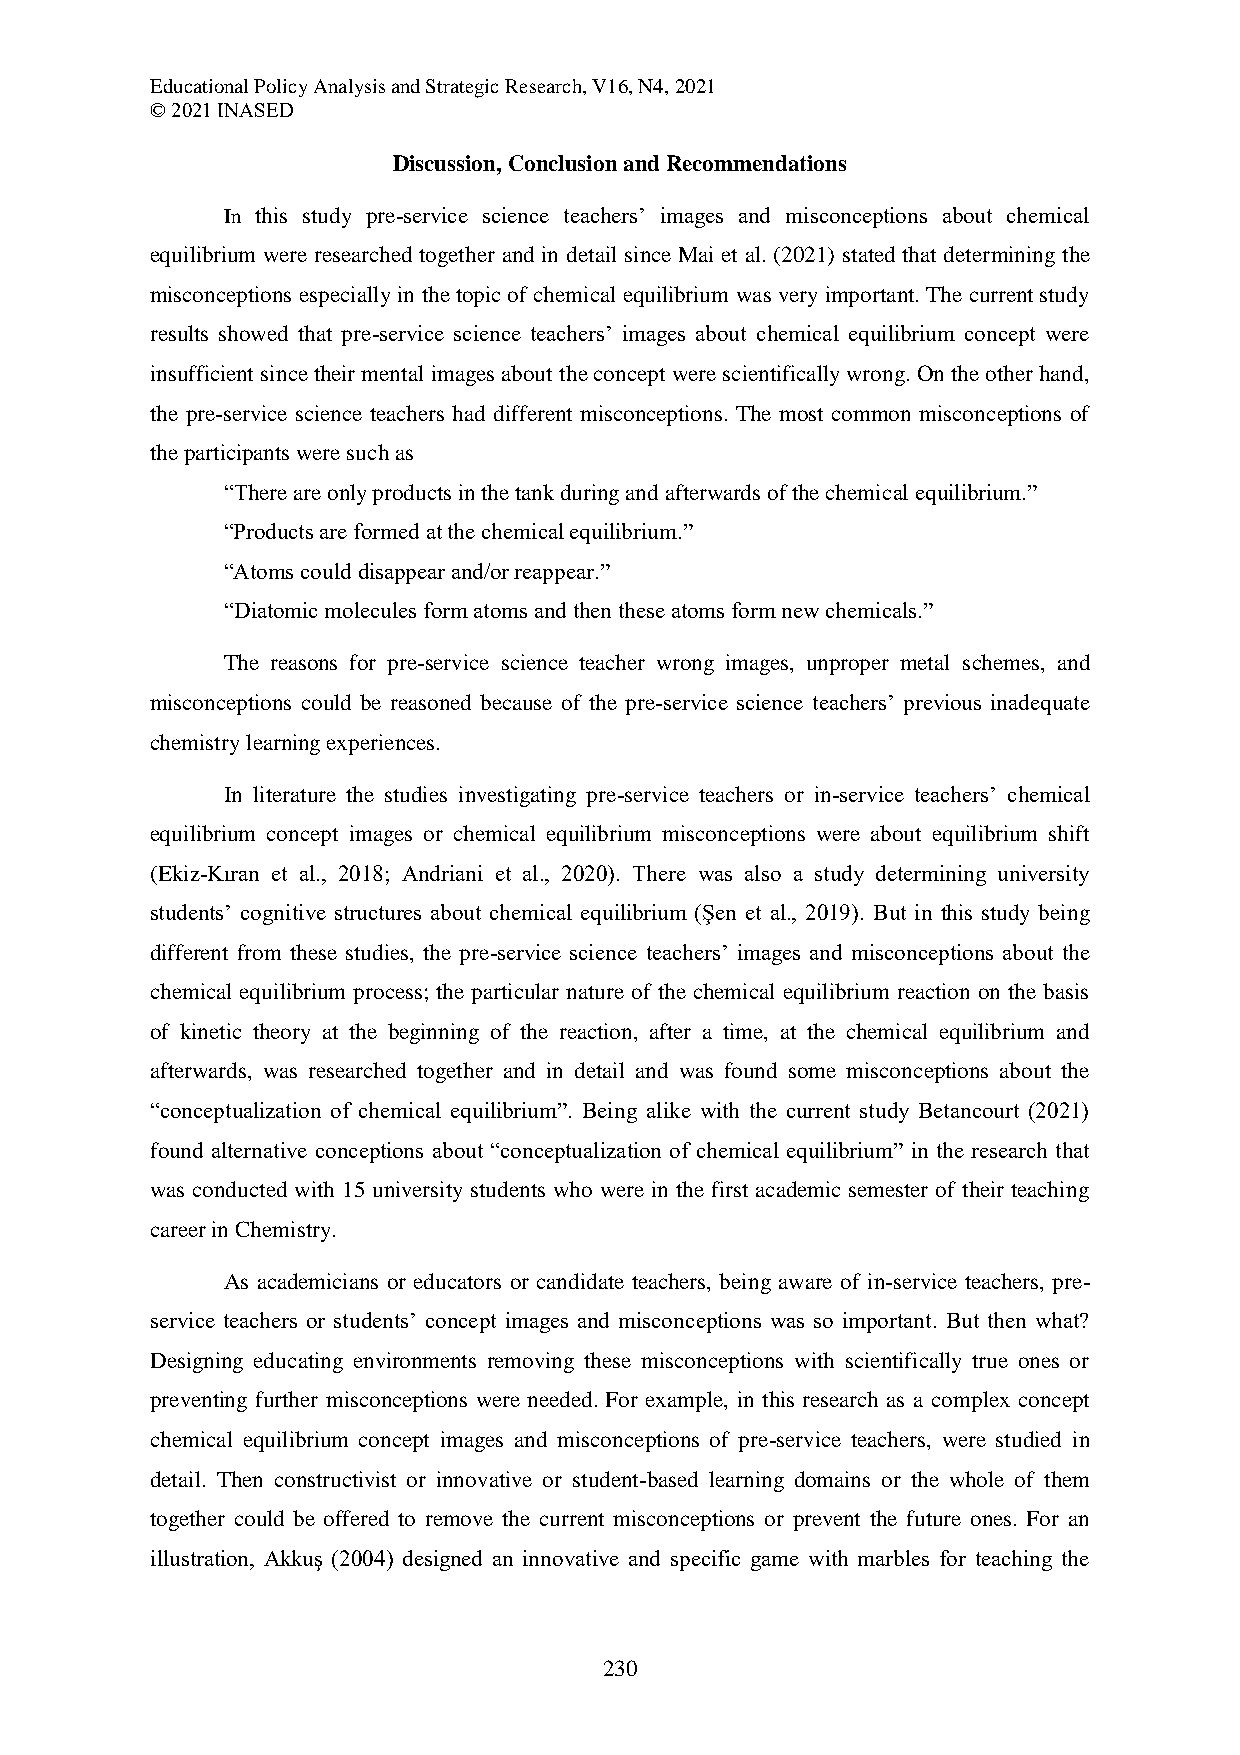
Educational Policy Analysis and Strategic Research, V16, N4, 2021
 © 2021 INASED
 Discussion, Conclusion and Recommendations
 In this study pre-service science teachers’ images and misconceptions about chemical
 equilibrium were researched together and in detail since Mai et al. (2021) stated that determining the
 misconceptions especially in the topic of chemical equilibrium was very important. The current study
 results showed that pre-service science teachers’ images about chemical equilibrium concept were
 insufficient since their mental images about the concept were scientifically wrong. On the other hand,
 the pre-service science teachers had different misconceptions. The most common misconceptions of
 the participants were such as
 “There are only products in the tank during and afterwards of the chemical equilibrium.”
 “Products are formed at the chemical equilibrium.”
 “Atoms could disappear and/or reappear.”
 “Diatomic molecules form atoms and then these atoms form new chemicals.”
 The reasons for pre-service science teacher wrong images, unproper metal schemes, and
 misconceptions could be reasoned because of the pre-service science teachers’ previous inadequate
 chemistry learning experiences.
 In literature the studies investigating pre-service teachers or in-service teachers’ chemical
 equilibrium concept images or chemical equilibrium misconceptions were about equilibrium shift
 (Ekiz-Kıran et al., 2018; Andriani et al., 2020). There was also a study determining university
 students’ cognitive structures about chemical equilibrium (Şen et al., 2019). But in this study being
 different from these studies, the pre-service science teachers’ images and misconceptions about the
 chemical equilibrium process; the particular nature of the chemical equilibrium reaction on the basis
 of kinetic theory at the beginning of the reaction, after a time, at the chemical equilibrium and
 afterwards, was researched together and in detail and was found some misconceptions about the
 “conceptualization of chemical equilibrium”. Being alike with the current study Betancourt (2021)
 found alternative conceptions about “conceptualization of chemical equilibrium” in the research that
 was conducted with 15 university students who were in the first academic semester of their teaching
 career in Chemistry.
 As academicians or educators or candidate teachers, being aware of in-service teachers, pre-
 service teachers or students’ concept images and misconceptions was so important. But then what?
 Designing educating environments removing these misconceptions with scientifically true ones or
 preventing further misconceptions were needed. For example, in this research as a complex concept
 chemical equilibrium concept images and misconceptions of pre-service teachers, were studied in
 detail. Then constructivist or innovative or student-based learning domains or the whole of them
 together could be offered to remove the current misconceptions or prevent the future ones. For an
 illustration, Akkuş (2004) designed an innovative and specific game with marbles for teaching the
 230